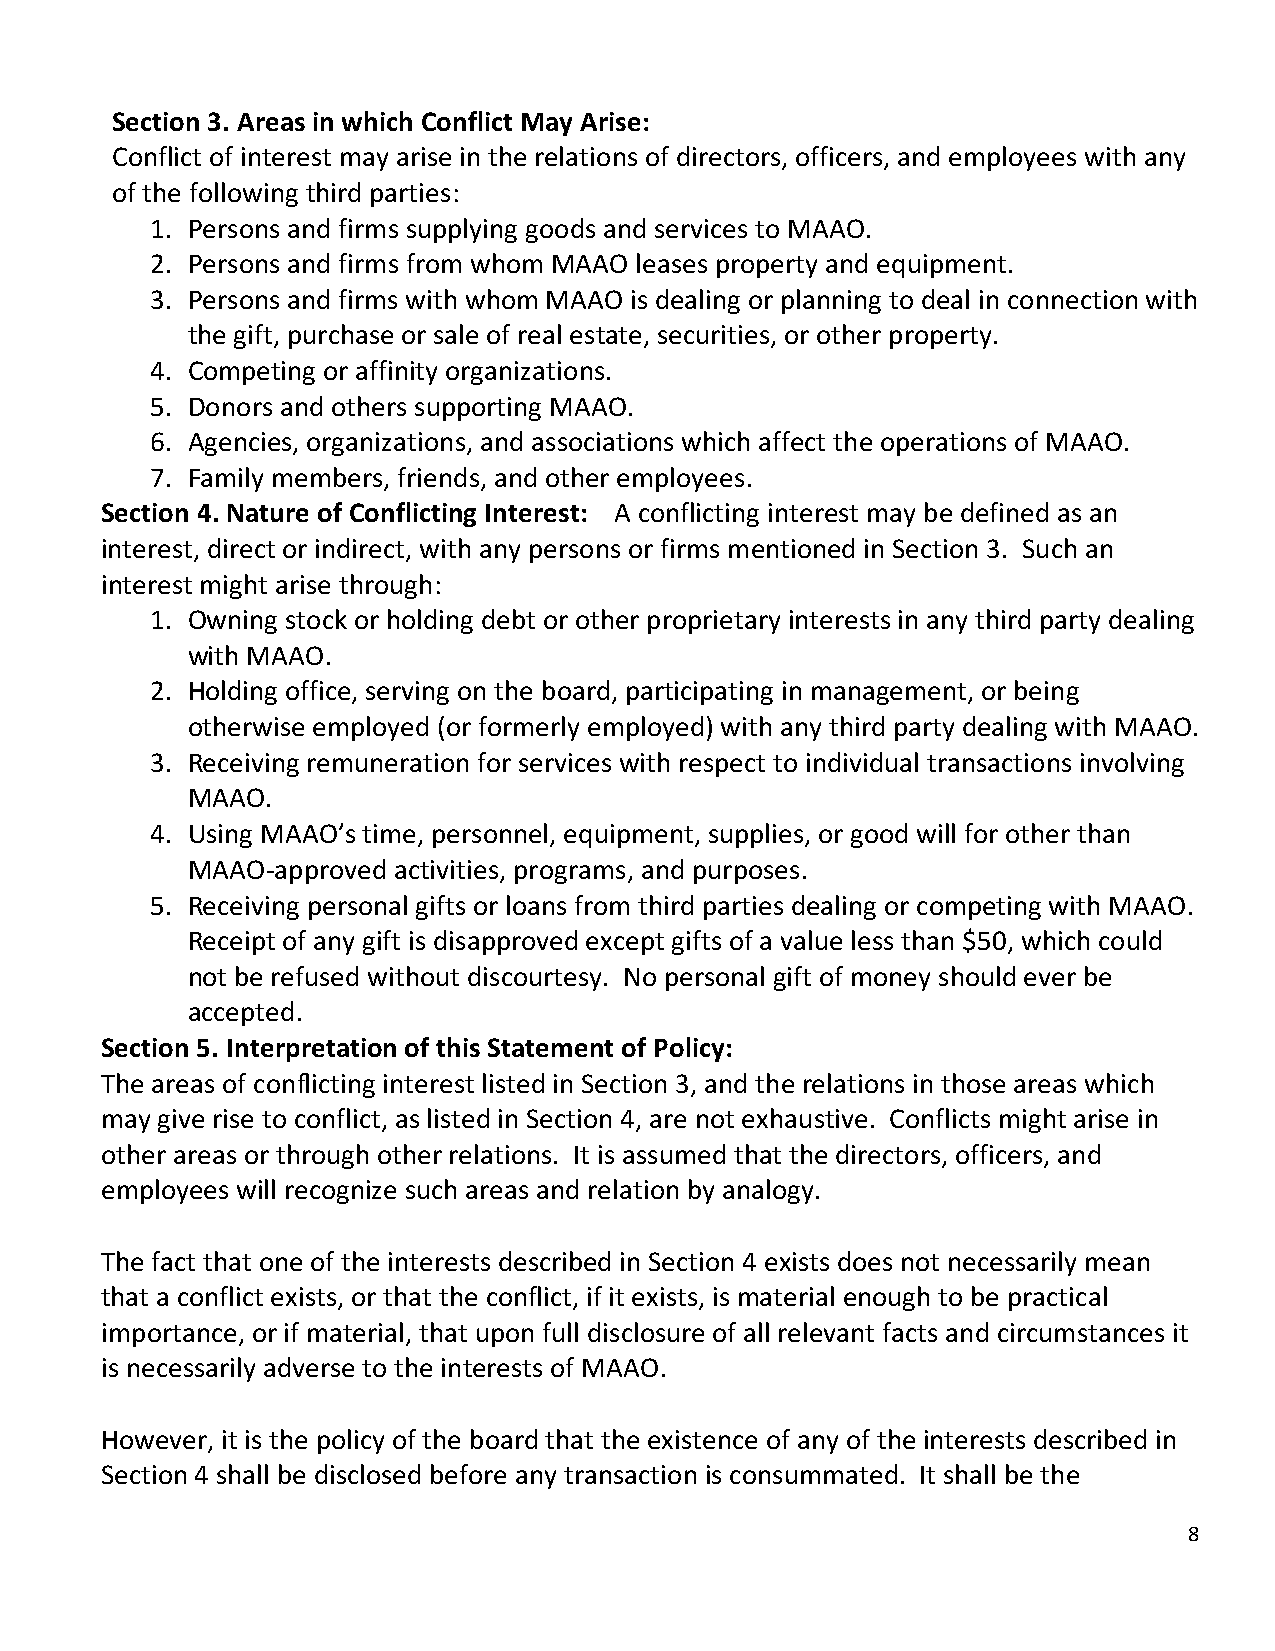
Section 3. Areas in which Conflict May Arise:
 Conflict of interest may arise in the relations of directors, officers, and employees with any
 of the following third parties:
 1. Persons and firms supplying goods and services to MAAO.
 2. Persons and firms from whom MAAO leases property and equipment.
 3. Persons and firms with whom MAAO is dealing or planning to deal in connection with
 the gift, purchase or sale of real estate, securities, or other property.
 4. Competing or affinity organizations.
 5. Donors and others supporting MAAO.
 6. Agencies, organizations, and associations which affect the operations of MAAO.
 7. Family members, friends, and other employees.
 Section 4. Nature of Conflicting Interest: A conflicting interest may be defined as an
 interest, direct or indirect, with any persons or firms mentioned in Section 3. Such an
 interest might arise through:
 1. Owning stock or holding debt or other proprietary interests in any third party dealing
 with MAAO.
 2. Holding office, serving on the board, participating in management, or being
 otherwise employed (or formerly employed) with any third party dealing with MAAO.
 3. Receiving remuneration for services with respect to individual transactions involving
 MAAO.
 4. Using MAAO’s time, personnel, equipment, supplies, or good will for other than
 MAAO-approved activities, programs, and purposes.
 5. Receiving personal gifts or loans from third parties dealing or competing with MAAO.
 Receipt of any gift is disapproved except gifts of a value less than $50, which could
 not be refused without discourtesy. No personal gift of money should ever be
 accepted.
 Section 5. Interpretation of this Statement of Policy:
 The areas of conflicting interest listed in Section 3, and the relations in those areas which
 may give rise to conflict, as listed in Section 4, are not exhaustive. Conflicts might arise in
 other areas or through other relations. It is assumed that the directors, officers, and
 employees will recognize such areas and relation by analogy.
 The fact that one of the interests described in Section 4 exists does not necessarily mean
 that a conflict exists, or that the conflict, if it exists, is material enough to be practical
 importance, or if material, that upon full disclosure of all relevant facts and circumstances it
 is necessarily adverse to the interests of MAAO.
 However, it is the policy of the board that the existence of any of the interests described in
 Section 4 shall be disclosed before any transaction is consummated. It shall be the
 8